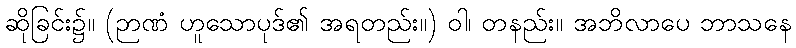
ဆိုခြင်း၌။ (ဉာဏံ ဟူသောပုဒ်၏ အရတည်း။) ဝါ၊ တနည်း။ အဘိလာပေ ဘာသနေ